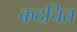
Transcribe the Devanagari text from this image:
कदचित